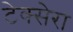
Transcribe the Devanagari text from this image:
टेक्सेरा